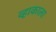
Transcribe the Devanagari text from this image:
व्हाकाला